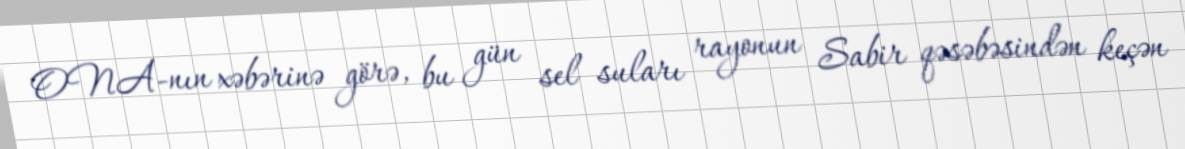
ONA-nın xəbərinə görə, bu gün sel suları rayonun Sabir qəsəbəsindən keçən